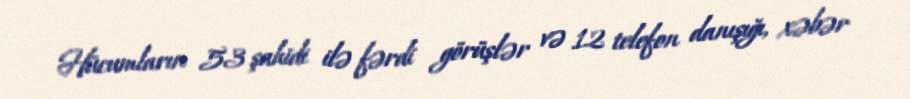
Hücumların 53 şahidi ilə fərdi görüşlər və 12 telefon danışığı, xəbər